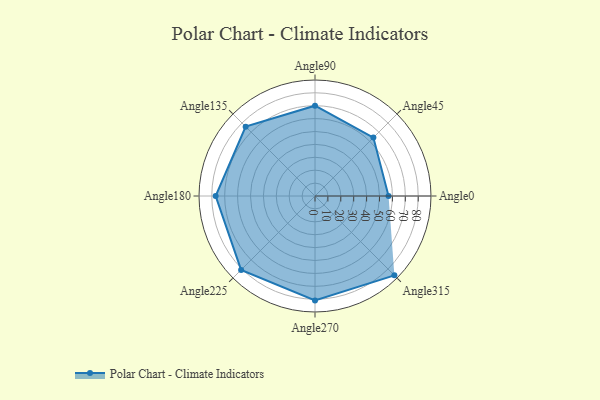
{"axis": {"x": "Angle", "y": "Radius"}, "legend": [""], "data": [{"x": "Angle0", "y": 57.0, "type": ""}, {"x": "Angle45", "y": 64.0, "type": ""}, {"x": "Angle90", "y": 70.0, "type": ""}, {"x": "Angle135", "y": 76.0, "type": ""}, {"x": "Angle180", "y": 77.0, "type": ""}, {"x": "Angle225", "y": 81.0, "type": ""}, {"x": "Angle270", "y": 81.0, "type": ""}, {"x": "Angle315", "y": 87.0, "type": ""}]}